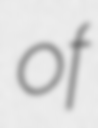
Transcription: of